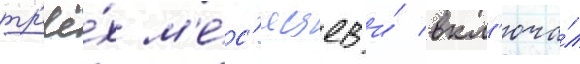
тр'ё́х м'е́с'яцев и́ вкл'юча́л